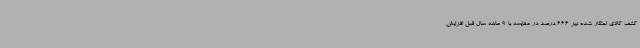
کشف کالای احتکار شده نیز 666 درصد در مقایسه با 9 ماهه سال قبل افزایش